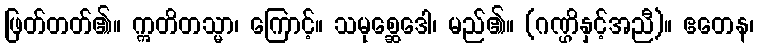
ဖြတ်တတ်၏။ ဣတိတသ္မာ၊ ကြောင့်။ သမုစ္ဆေဒေါ၊ မည်၏။ (ဂဏ္ဌိနှင့်အညီ)။ ဧတေန၊